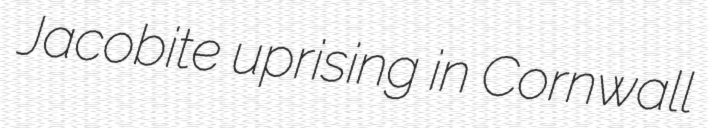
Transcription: Jacobite uprising in Cornwall